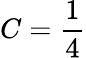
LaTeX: C=\frac 14